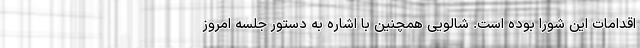
اقدامات این شورا بوده است. شالویی همچنین با اشاره به دستور جلسه امروز